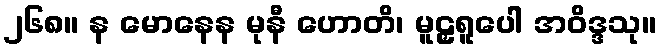
၂၆၈။ န မောနေန မုနီ ဟောတိ၊ မူဠှရူပေါ အဝိဒ္ဒသု။